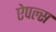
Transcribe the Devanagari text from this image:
ऐपल्स